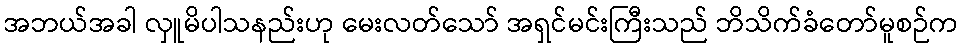
အဘယ်အခါ လှူမိပါသနည်းဟု မေးလတ်သော် အရှင်မင်းကြီးသည် ဘိသိက်ခံတော်မူစဉ်က